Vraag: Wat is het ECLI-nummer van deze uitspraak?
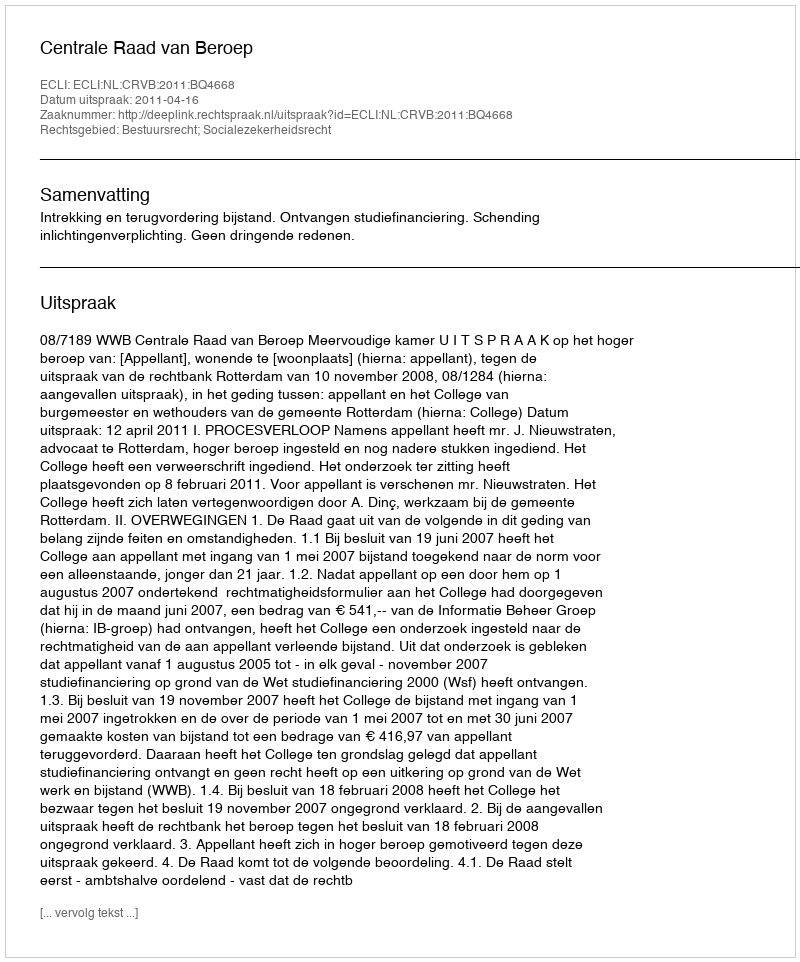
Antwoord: ECLI:NL:CRVB:2011:BQ4668